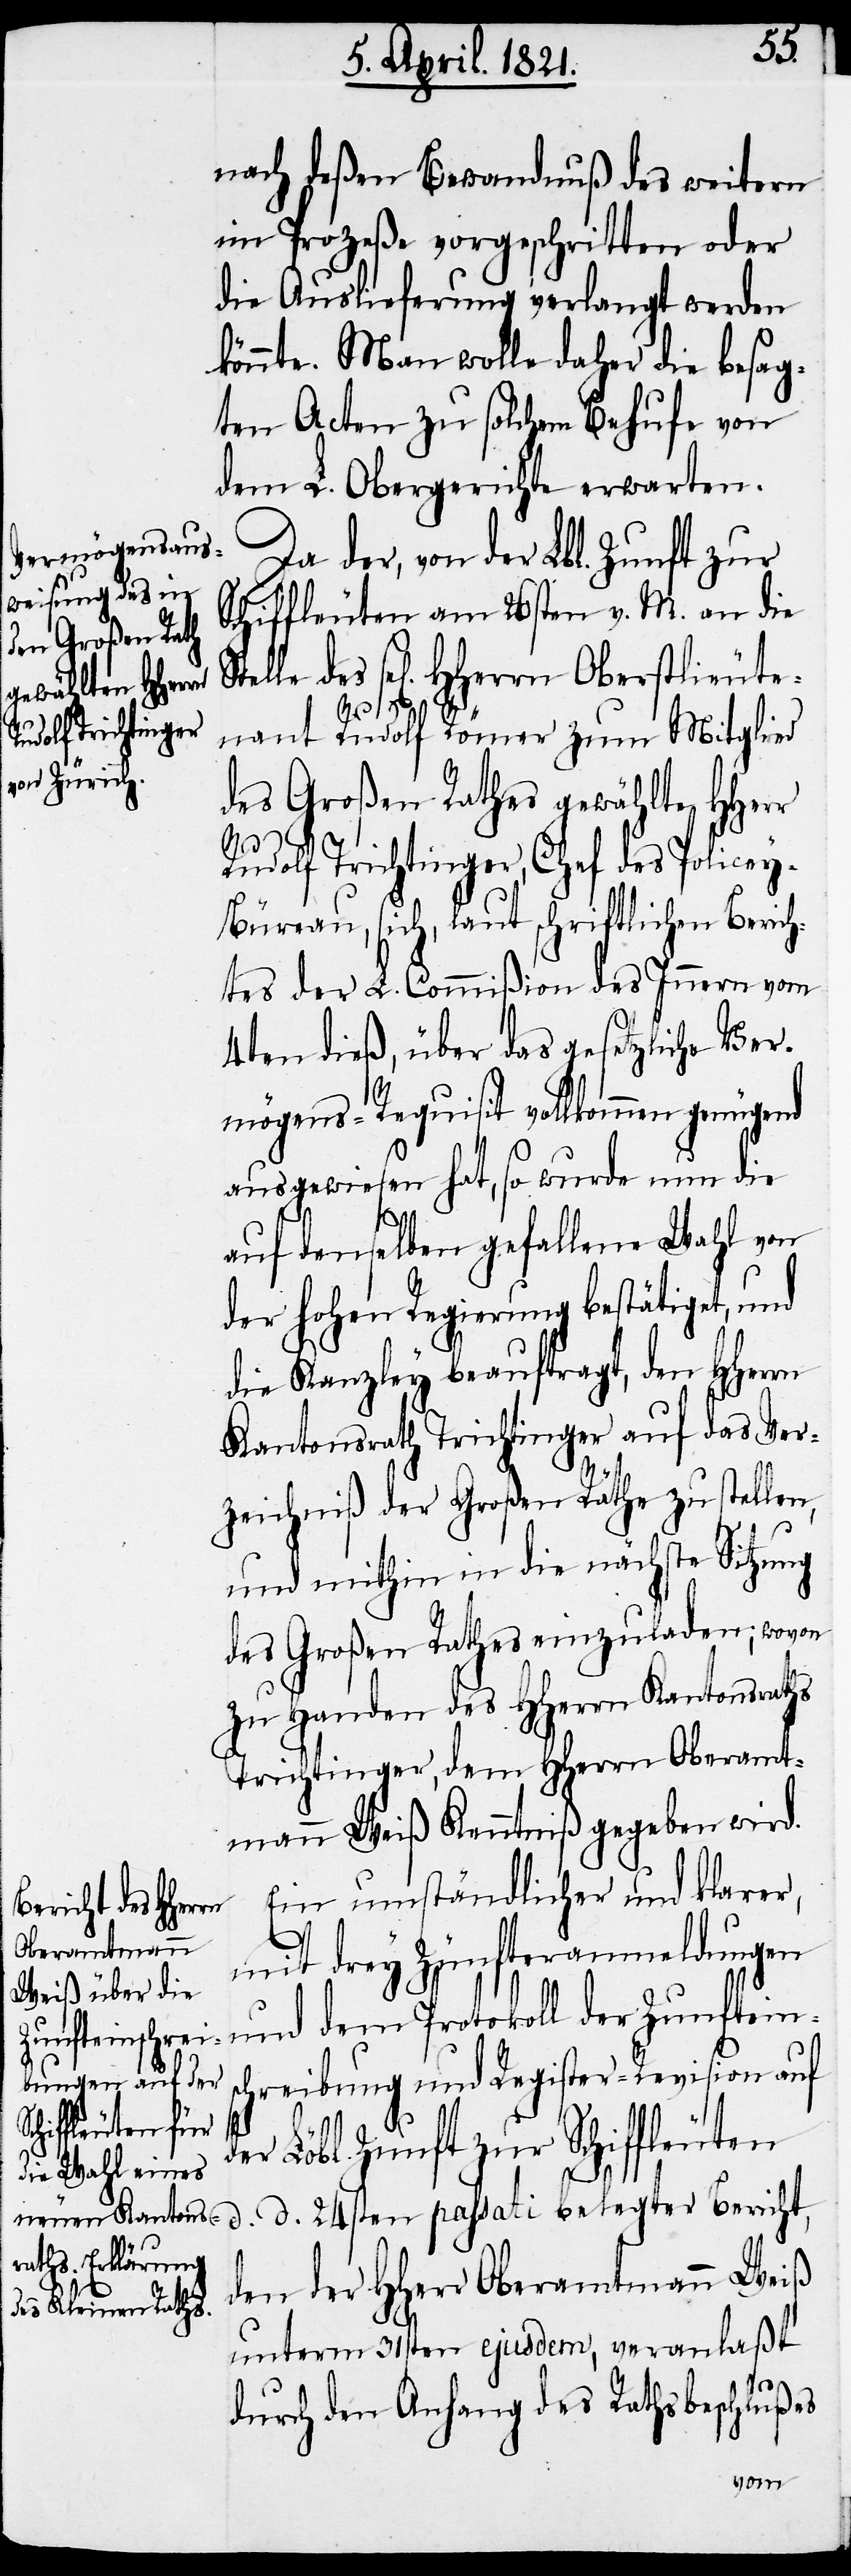
nach deßen Bewandnuß des weitern
im Prozeße vorgeschritten oder
die Auslieferung verlangt werden
könne. Man wolle daher die besag¬
ten Acten zu solchem Behufe von
dem L. Obergerichte erwarten.
Da der, von der Lbl. Zunft zur
Schiffleuten am 26sten v. M. an die
sel[igen] HHerrn Oberstlieute¬
nant Rudolf Römer zum Mitglied
des Großen Rathes gewählte HHerr
Rudolf Trichtinger, Chef des Police¬
y-Büreau, sich, laut schriftlichen Berich¬
tes der L. Commißion des Innern vom
4ten dieß, über das gesetzliche Ver¬
mögens-Requisit vollkommen genügend
ausgewiesen hat, so wurde nun die
auf denselben gefallene Wahl von
der hohen Regierung bestätiget, und
die Kanzley beauftragt, den HHerrn
Kantonsrath Trichtinger auf das Ver¬
zeichniß der Großen Räthe zu stellen,
und mithin in die nächste Sitzung
des Großen Rathes einzuladen; wovon
zu Handen des HHerrn Kantonsraths
Trichtinger, dem HHerrn Oberamt¬
mann Weiß Kenntniß gegeben wird.
Ein umständlicher und klarer,
mit drey Zünfteranmeldungen
und dem Protokoll der Zunfteins¬
chreibung und Register-Revision auf
der Löbl. Zunft zur Schiffleuten
d. d. 24sten passati belegter Bericht,
den der HHerr Oberamtmann Weiß
unterm 31sten ejusdem, veranlaßt
durch den Anhang des Rathsbeschlußes